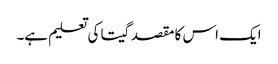
ایک اس کا مقصد گیتا کی تعلیم ہے۔